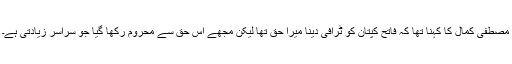
مصطفی کمال کا کہنا تھا کہ فاتح کپتان کو ٹرافی دینا میرا حق تھا لیکن مجھے اس حق سے محروم رکھا گیا جو سراسر زیادتی ہے۔